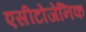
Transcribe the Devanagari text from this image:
एसीटोजेनिक